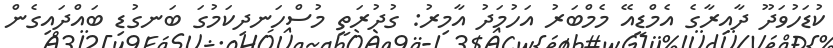
ކުޑަހުވަދޫ ދާއިރާގެ އެމްޑީއޭ މެމްބަރު އަހުމަދު އާމިރު: ގުދުރަތީ މުސްހަނދިކަމުގަ ބަނގުޑި ބައްދައިގެން